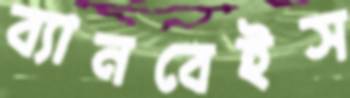
ব্যানবেইস